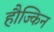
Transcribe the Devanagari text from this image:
हौज्किन